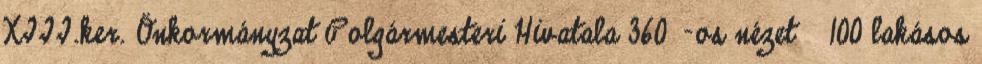
XIII.ker. Önkormányzat Polgármesteri Hivatala 360°-os nézet ❯ 100 lakásos